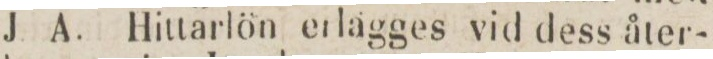
J A. Hittarlön erlägges vid dess åter-